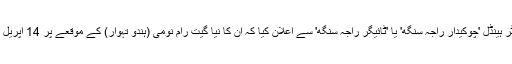
12 اپریل کو راجہ سنگھ نے اپنے ٹوئٹر ہینڈل 'چوکیدار راجہ سنگھ' یا 'ٹائیگر راجہ سنگھ' سے اعلان کیا کہ ان کا نیا گیت رام نومی (ہندو تہوار) کے موقعے پر 14 اپریل کو پونے بارہ بجے ریلیز کیا جائے گا۔